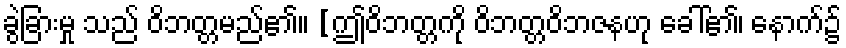
ခွဲခြားမှု သည် ဝိဘတ္တမည်၏။ [ဤဝိဘတ္တကို ဝိဘတ္တဝိဘဇနဟု ခေါ်၏၊ နောက်၌